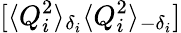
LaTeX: [\langle Q_{i}^{2}\rangle_{\delta_{i}}\langle Q_{i}^{2}\rangle_{-\delta_{i}}]